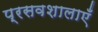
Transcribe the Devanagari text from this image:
प्रसवशालाएँ